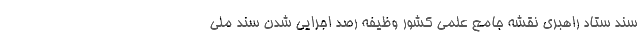
سند ستاد راهبری نقشه جامع علمی کشور وظیفه رصد اجرایی شدن سند ملی